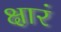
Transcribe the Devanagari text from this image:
क्षारं